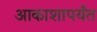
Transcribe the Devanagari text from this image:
आकाशापर्यंत